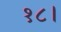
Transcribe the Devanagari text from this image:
१८।